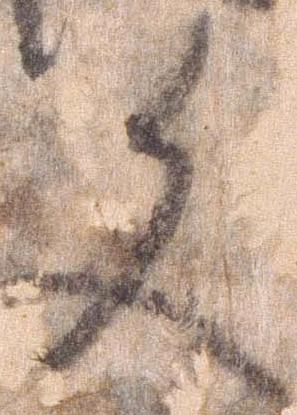
文